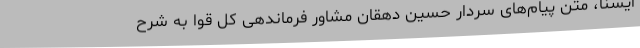
ایسنا، متن پیام‌های سردار حسین دهقان مشاور فرماندهی کل قوا به شرح